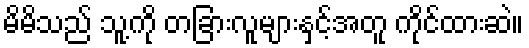
မိမိသည် သူ့ကို တခြားလူများနှင့်အတူ ကိုင်ထားဆဲ။